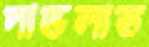
দাভলাত